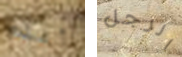
أعلم الرجل